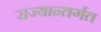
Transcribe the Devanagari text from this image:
राज्यान्तर्गत